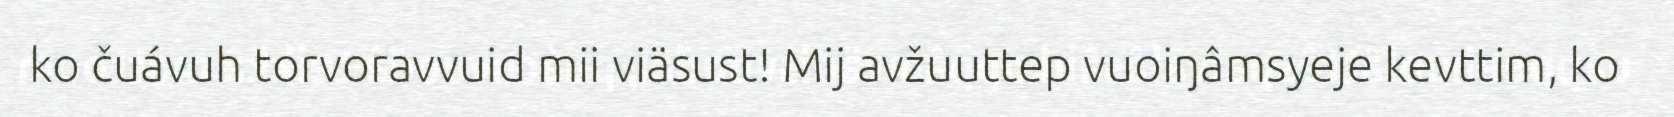
ko čuávuh torvoravvuid mii viäsust! Mij avžuuttep vuoiŋâmsyeje kevttim, ko